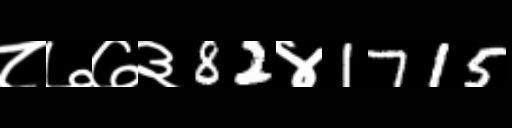
Text: ८७७३82४1715